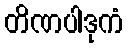
တိဏပါဒုကံ